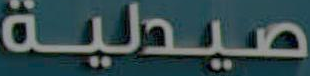
صيدلية